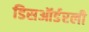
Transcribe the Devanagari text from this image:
डिसऑर्डरली